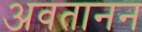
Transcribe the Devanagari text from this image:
अवतानन